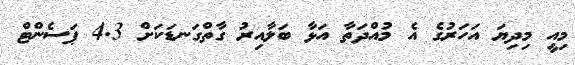
މިއީ މިދިޔަ އަހަރުގެ އެ މުއްދަތާ އަޅާ ބަލާއިރު ގާތްގަނޑަކަށް 4.3 ޕަސެންޓް